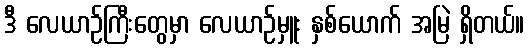
ဒီ လေယာဉ်ကြီးတွေမှာ လေယာဉ်မှူး နှစ်ယောက် အမြဲ ရှိတယ်။